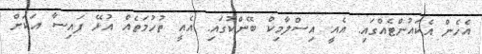
އެހެން އެކައުންޓެއްގައި. އެއީ އިސްލާމިކް ބޭންކުގައި. އެއީ ތުހުމަތެއް އުޅޭ ފައިސާ އަކަށް